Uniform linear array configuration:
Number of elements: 48
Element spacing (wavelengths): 0.5
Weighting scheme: exponential
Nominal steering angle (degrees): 15
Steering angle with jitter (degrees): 15.754
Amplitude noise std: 0.05
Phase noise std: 0.05

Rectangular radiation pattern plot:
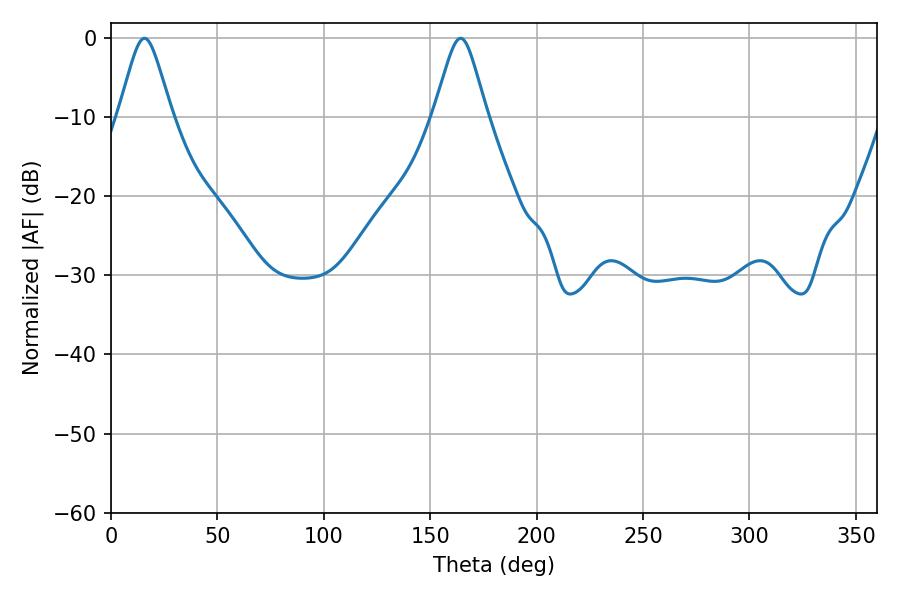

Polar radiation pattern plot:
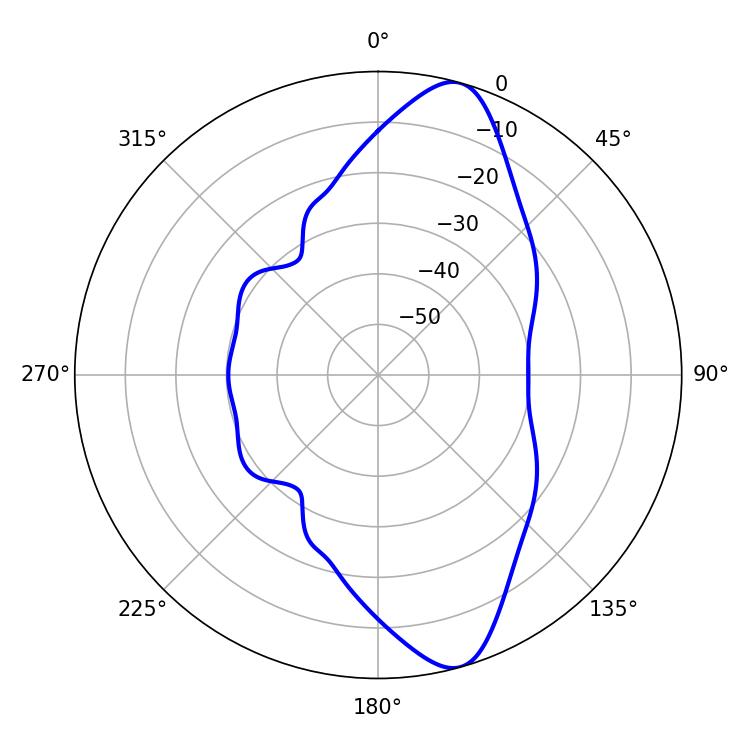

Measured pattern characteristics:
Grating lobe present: FALSE
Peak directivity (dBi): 11.462
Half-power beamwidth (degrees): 11.88
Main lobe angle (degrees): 15.66